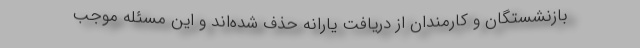
بازنشستگان و کارمندان از دریافت یارانه حذف شده‌اند و این مسئله موجب